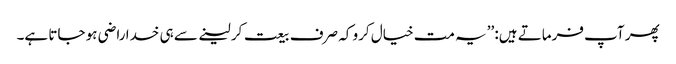
پھر آپ فرماتے ہیں: ’’یہ مت خیال کرو کہ صرف بیعت کر لینے سے ہی خدا راضی ہو جاتا ہے۔